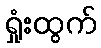
ရှုံးထွက်